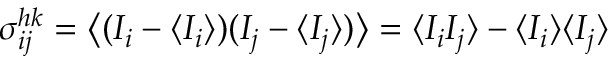
\sigma _ { i j } ^ { h k } = \big \langle ( I _ { i } - \langle I _ { i } \rangle ) ( I _ { j } - \langle I _ { j } \rangle ) \big \rangle = \langle I _ { i } I _ { j } \rangle - \langle I _ { i } \rangle \langle I _ { j } \rangle